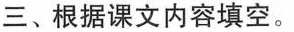
三、根据课文内容填空。